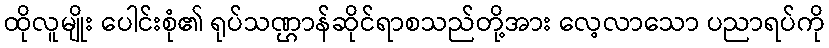
ထိုလူမျိုး ပေါင်းစုံ၏ ရုပ်သဏ္ဌာန်ဆိုင်ရာစသည်တို့အား လေ့လာသော ပညာရပ်ကို